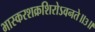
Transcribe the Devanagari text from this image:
भास्करशक्रशिरोऽवनते॥३॥